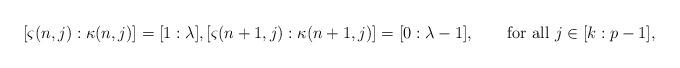
LaTeX: \begin{align*}[\varsigma(n,j):\kappa(n,j)]=[1:\lambda],[\varsigma(n+1,j):\kappa(n+1,j)]=[0:\lambda-1],\qquad\mbox{for all}\ j\in[k:p-1],\end{align*}